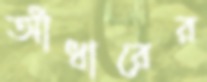
আঁধারের